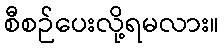
စီစဉ်ပေးလို့ရမလား။